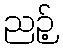
ညဉ့်